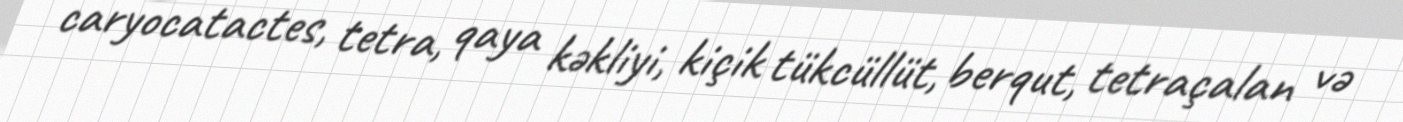
caryocatactes, tetra, qaya kəkliyi, kiçik tükcüllüt, berqut, tetraçalan və